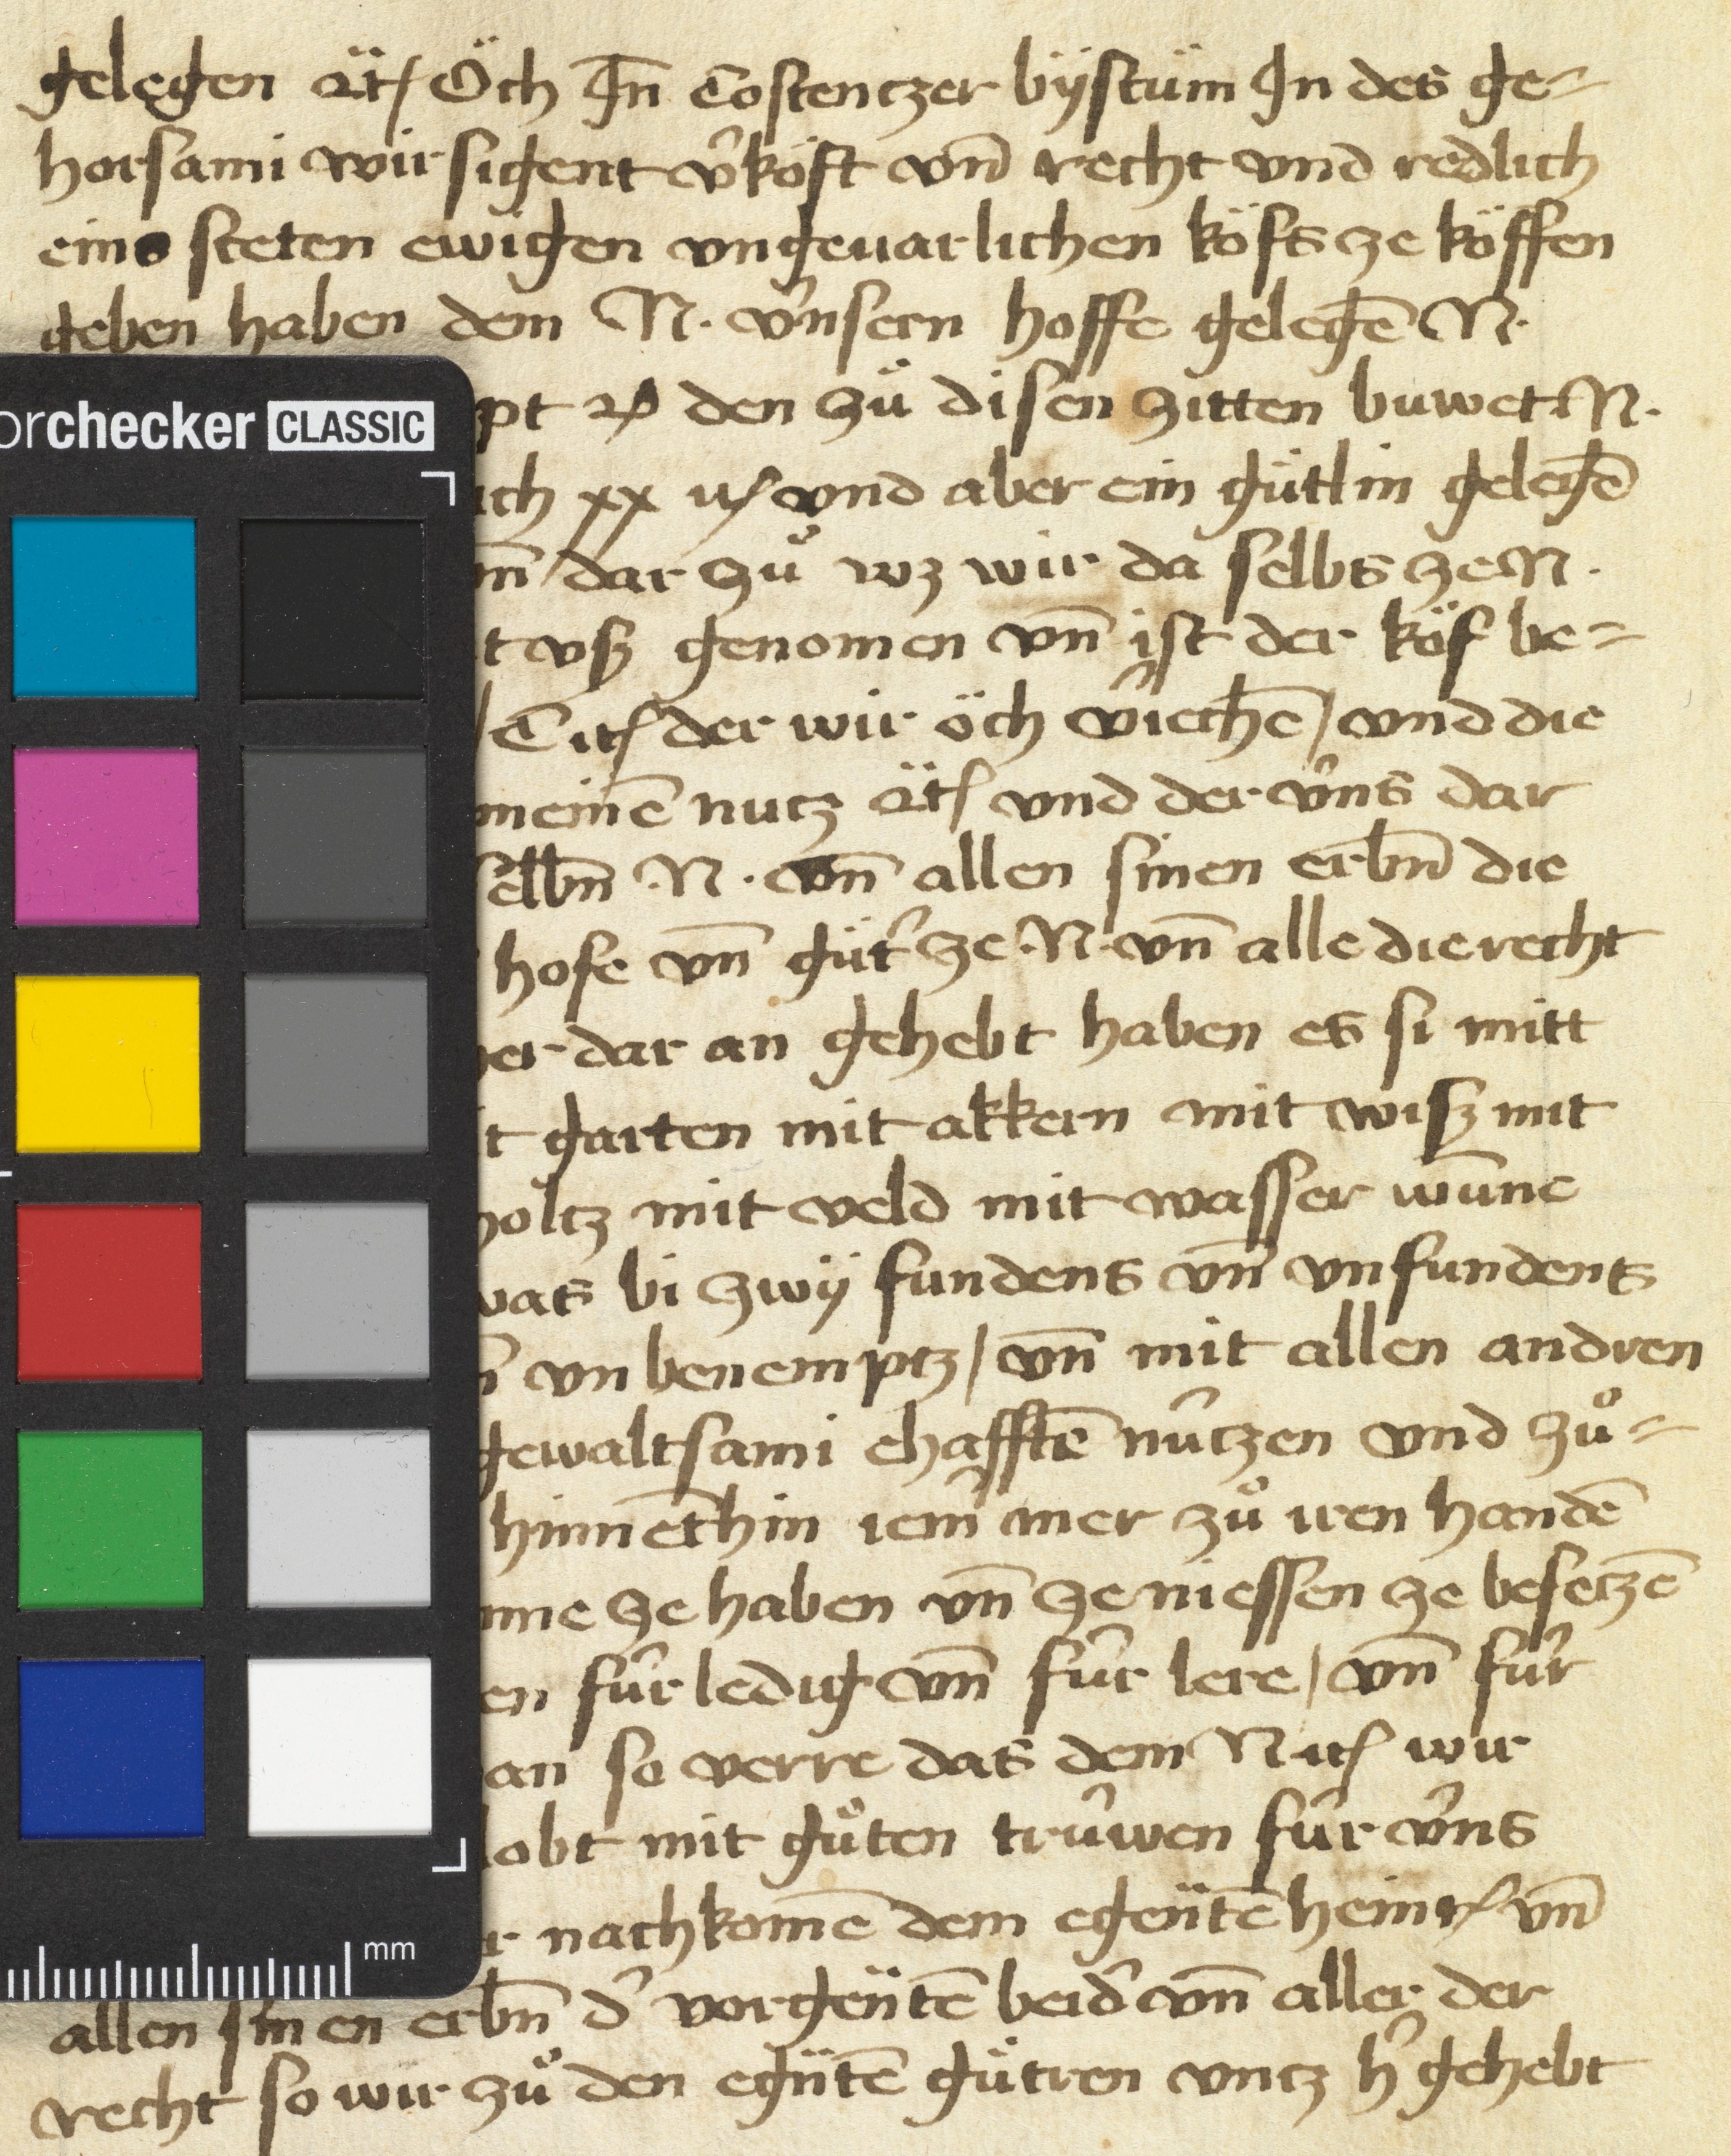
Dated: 1450–1499